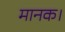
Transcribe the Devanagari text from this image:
मानक।